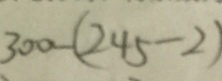
3 0 0 - ( 2 4 5 - 2 )